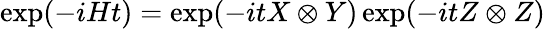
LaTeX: \exp(-iHt)=\exp(-itX\otimes Y)\exp(-itZ\otimes Z)